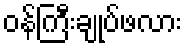
ဝန်ကြီးချုပ်ဖလား